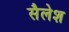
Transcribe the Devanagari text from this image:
सैलेश